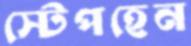
স্টেপহেন